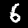
Digit: 6